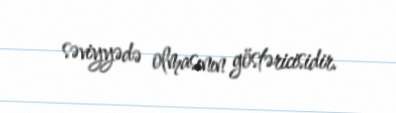
səviyyədə olmasının göstəricisidir.